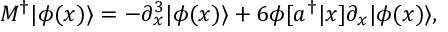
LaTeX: M ^ { \dagger } | \phi ( x ) \rangle = - \partial _ { x } ^ { 3 } | \phi ( x ) \rangle + 6 \phi [ a ^ { \dagger } | x ] \partial _ { x } | \phi ( x ) \rangle ,